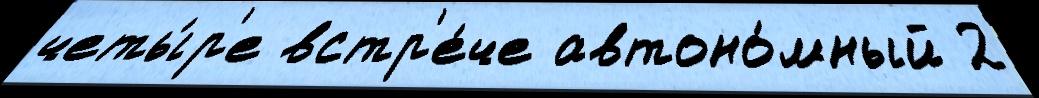
четы́р'е встр'е́че автоно́мный 2